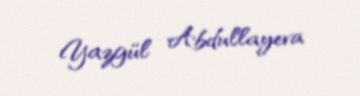
Yazgül Abdullayeva